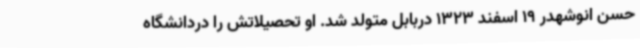
حسن انوشهدر 19 اسفند 1323 دربابل متولد شد. او تحصیلاتش را دردانشگاه